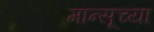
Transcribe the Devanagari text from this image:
मान्सूच्या